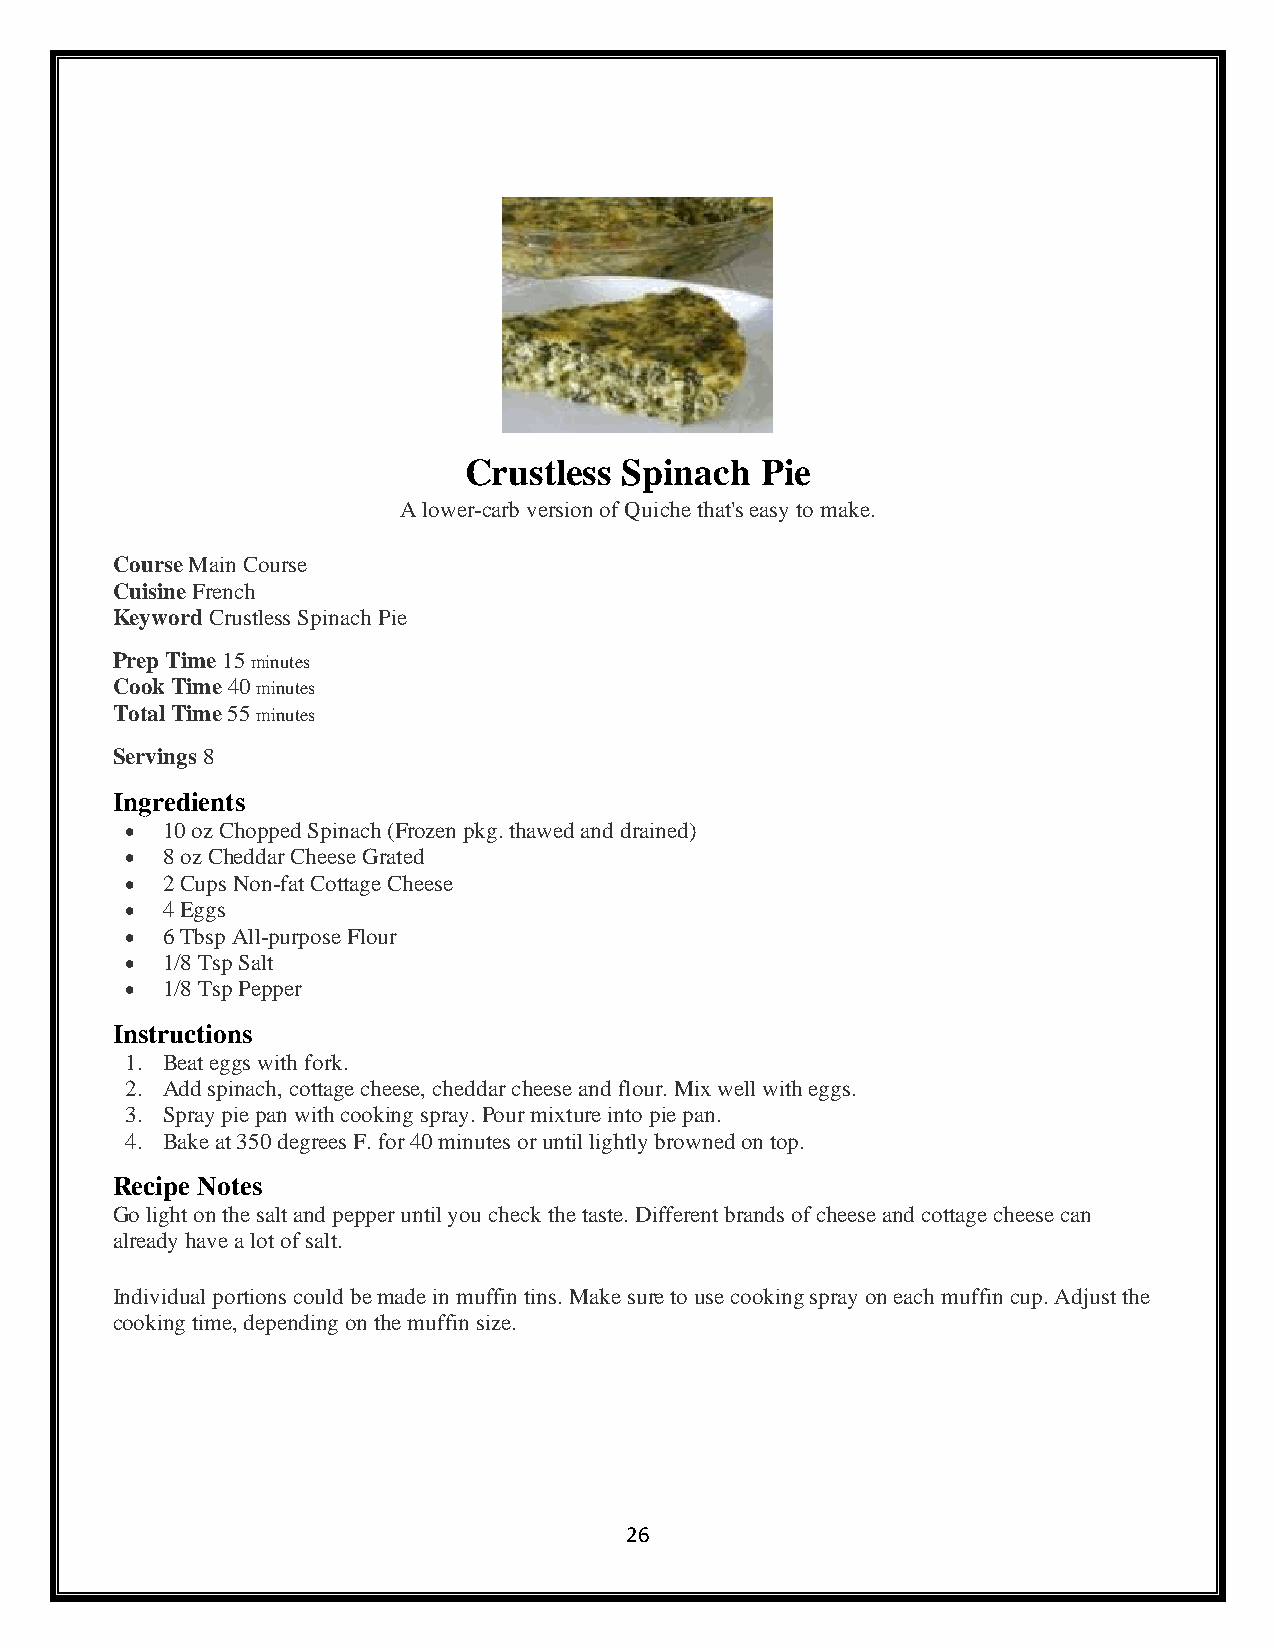
Crustless Spinach  Pie
 A lower-carb version of Quiche that's easy to make.
 Course Main Course
 Cuisine French
 Keyword Crustless Spinach Pie
 Prep Time 15 minutes
 Cook Time 40 minutes
 Total Time 55 minutes
 Servings 8
 Ingredients
 •  10 oz Chopped Spinach (Frozen pkg. thawed and drained)
 •  8 oz Cheddar Cheese Grated
 •  2 Cups Non-fat Cottage Cheese
 •  4 Eggs
 •  6 Tbsp All-purpose Flour
 •  1/8 Tsp Salt
 •  1/8 Tsp Pepper
 Instructions
 1. Beat eggs with fork.
 2. Add spinach, cottage cheese, cheddar cheese and flour. Mix well with eggs.
 3. Spray pie pan with cooking spray. Pour mixture into pie pan.
 4. Bake at 350 degrees F. for 40 minutes or until lightly browned on top.
 Recipe Notes
 Go light on the salt and pepper until you check the taste. Different brands of cheese and cottage cheese can
 already have a lot of salt.
 Individual portions could be made in muffin tins. Make sure to use cooking spray on each muffin cup. Adjust the
 cooking time, depending on the muffin size.
 26